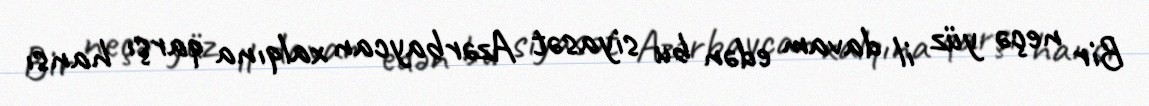
Bir neçə yüz il davam edən bu siyasət Azərbaycan xalqına qarşı hansı